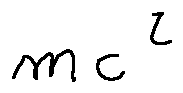
m c ^ { 2 }